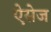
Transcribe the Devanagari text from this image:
ऐसेज